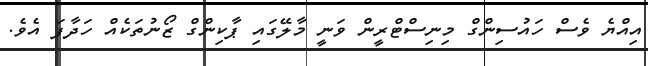
އިއްޔެ ވެސް ހައުސިންގް މިނިސްޓްރީން ވަނީ މާލޭގައި ޕާކިންގް ޒޯނުތަކެއް ހަދާފަ އެވެ.